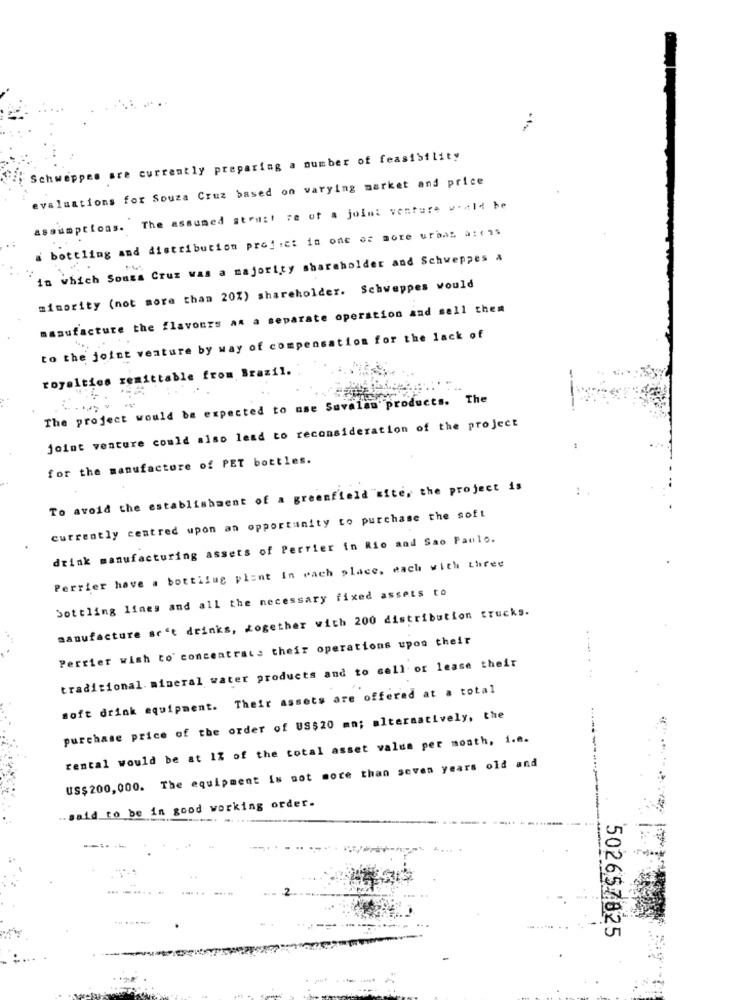
-
Schweppes are currently preparing a number of feasibility
evaluations for Souza Cruz based on varying market and price
assumptions. The assumed struct re of a joint venture w-ld be
a bottling and distribution profici in one or more urbas a: (15
in which Souza Cruz was a majority shareholder and Schweppes a
minority (not more than 20%) shareholder. Schweppes would
manufacture the flavours an a separate operation and sell them
to the joint venture by way of compensation for the lack of
royalties remittable from Brazil.
The project would be expected to use Savalas products. The
joint venture could also lead to reconsideration of the project
for the manufacture of PET bottles.
To avoid the establishment of a greenfield site, the project is
currently centred upon an opportunity to purchase the soft
drink manufacturing assets of Perrier in Rio and Sao Paulo.
Perrier have a bottilug plant in each place, wach with three
Sottling lines and all the necessary fixed assets to
manufacture se't drinks, together with 200 distribution trucks.
Perrier wish to concentrate their operations upon their
traditional. mineral water products and to sell or lease their
soft drink equipment. Their assets are offered at a total
purchase price of the order of US$20 mm; alternatively, the
rental would be at 1% of the total asset value per month, i.e.
US$200,000. The equipment is not more than seven years old and
.said to be in good working order.
---
502657825